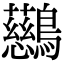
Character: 𪇔